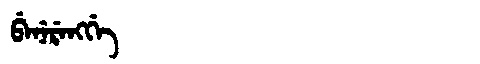
Manchu: ᠪᡝᠨᡝᡵᡝᠩᡤᡝ
Romanization: BENERENGGE